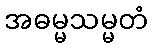
အဓမ္မသမ္မတံ